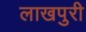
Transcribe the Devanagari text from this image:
लाखपुरी